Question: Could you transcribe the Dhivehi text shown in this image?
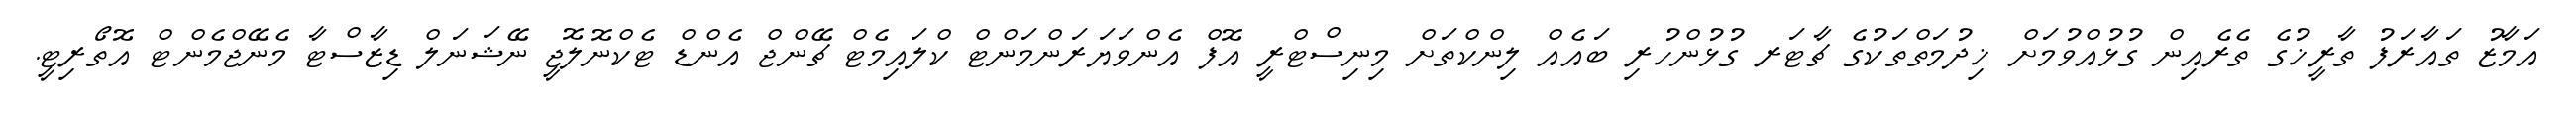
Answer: އަމާޒު ތައާރަފު ތާރީޚުގެ ތެރެއިން ގުޅުއްވުމަށް ޚިދުމަތްތަކުގެ ޗާޓަރ ގުޅުންހުރި ބައެއް ލިންކްތަށް މިނިސްޓްރީ އޮފް އެންވަޔަރަންމަންޓް ކްލައިމެޓް ޗޭންޖް އެންޑް ޓެކްނޮލޮޖީ ނޭޝަނަލް ޑިޒާސްޓާ މެނޭޖްމެންޓް އޮތޯރިޓީ.